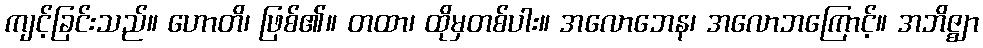
ကျင့်ခြင်းသည်။ ဟောတိ၊ ဖြစ်၏။ တထာ၊ ထိုမှတစ်ပါး။ အလောဘေန၊ အလောဘကြောင့်။ အဘိဇ္ဈာ